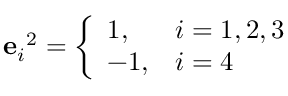
{ \mathbf { e } _ { i } } ^ { 2 } = { \left\{ \begin{array} { l l } { 1 , } & { i = 1 , 2 , 3 } \\ { - 1 , } & { i = 4 } \end{array} \right. }